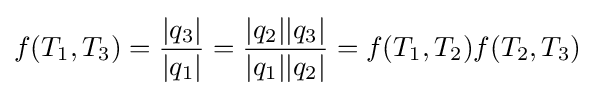
f(T_{1},T_{3})={\frac {|q_{3}|}{|q_{1}|}}={\frac {|q_{2}||q_{3}|}{|q_{1}||q_{2}|}}=f(T_{1},T_{2})f(T_{2},T_{3})